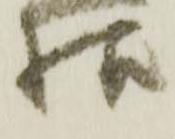
様